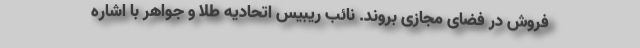
فروش در فضای مجازی بروند. نائب ریبیس اتحادیه طلا و جواهر با اشاره